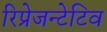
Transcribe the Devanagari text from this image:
रिप्रेजन्टेटिव